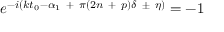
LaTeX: e ^ { - i ( k t _ { 0 } - \alpha _ { 1 } \ + \ \pi ( 2 n \ + \ p ) \delta \ \pm \ \eta ) } = - 1